Trukikaitis_Postimees, lk 11
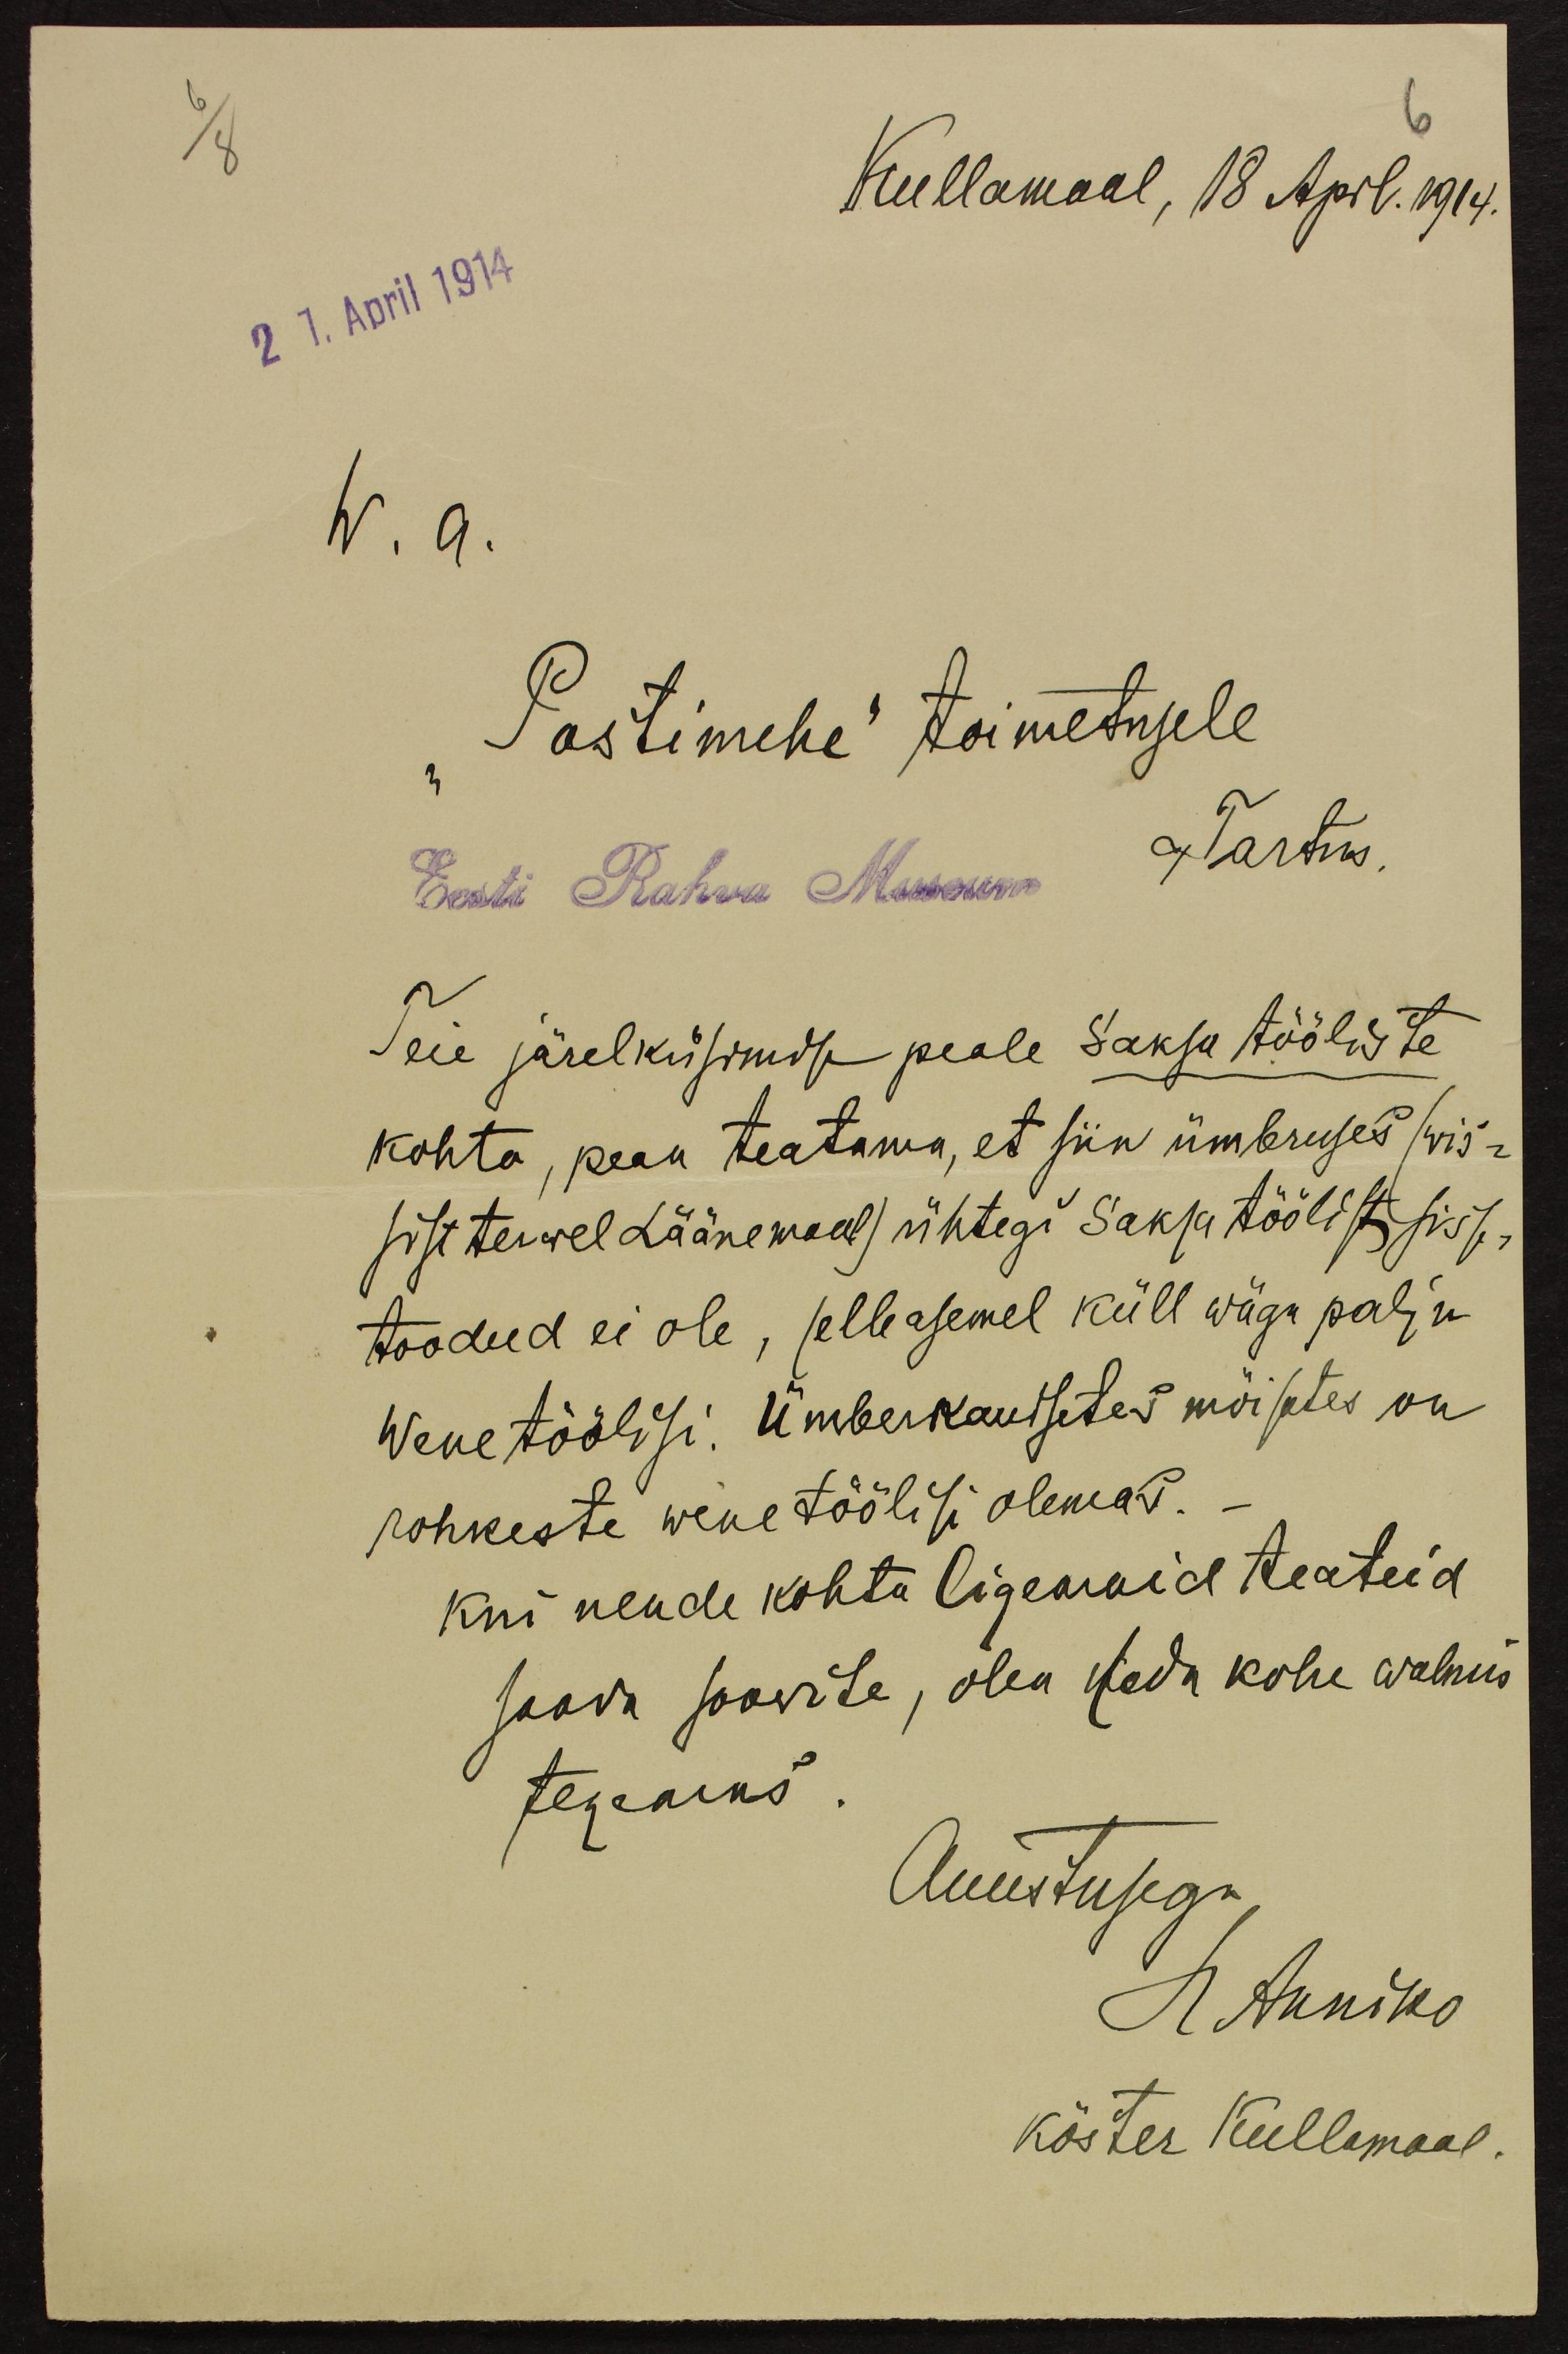
6/8
6
Kullamaal, 18 April. 1914.
27. April 1914
W. a.
"Postimehe" toimetusele,
Tartus.
Eesti Rahva Museum
Teie järelküsimise peale Saksa tööliste
kohta, pean teatama, et siin ümbruses (wis-
sist terwel Läänemaal) ühtegi Saksa töölist sisse-
toodud ei ole, selle asemel küll wäga palju
Wene töölisi. Ümberkaudsetes mõisates on
rohkeste wene töölisi olemas.
Kui nende kohta ligemaid teateid
saada soowite, olen seda kohe walmis
tegemas.
Auustusega
H Anniko
köster Kullamaal.